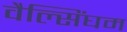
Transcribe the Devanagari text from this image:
वैल्सिंघम